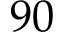
9 0